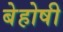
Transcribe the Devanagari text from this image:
बेहोषी